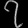
Digit: ၇